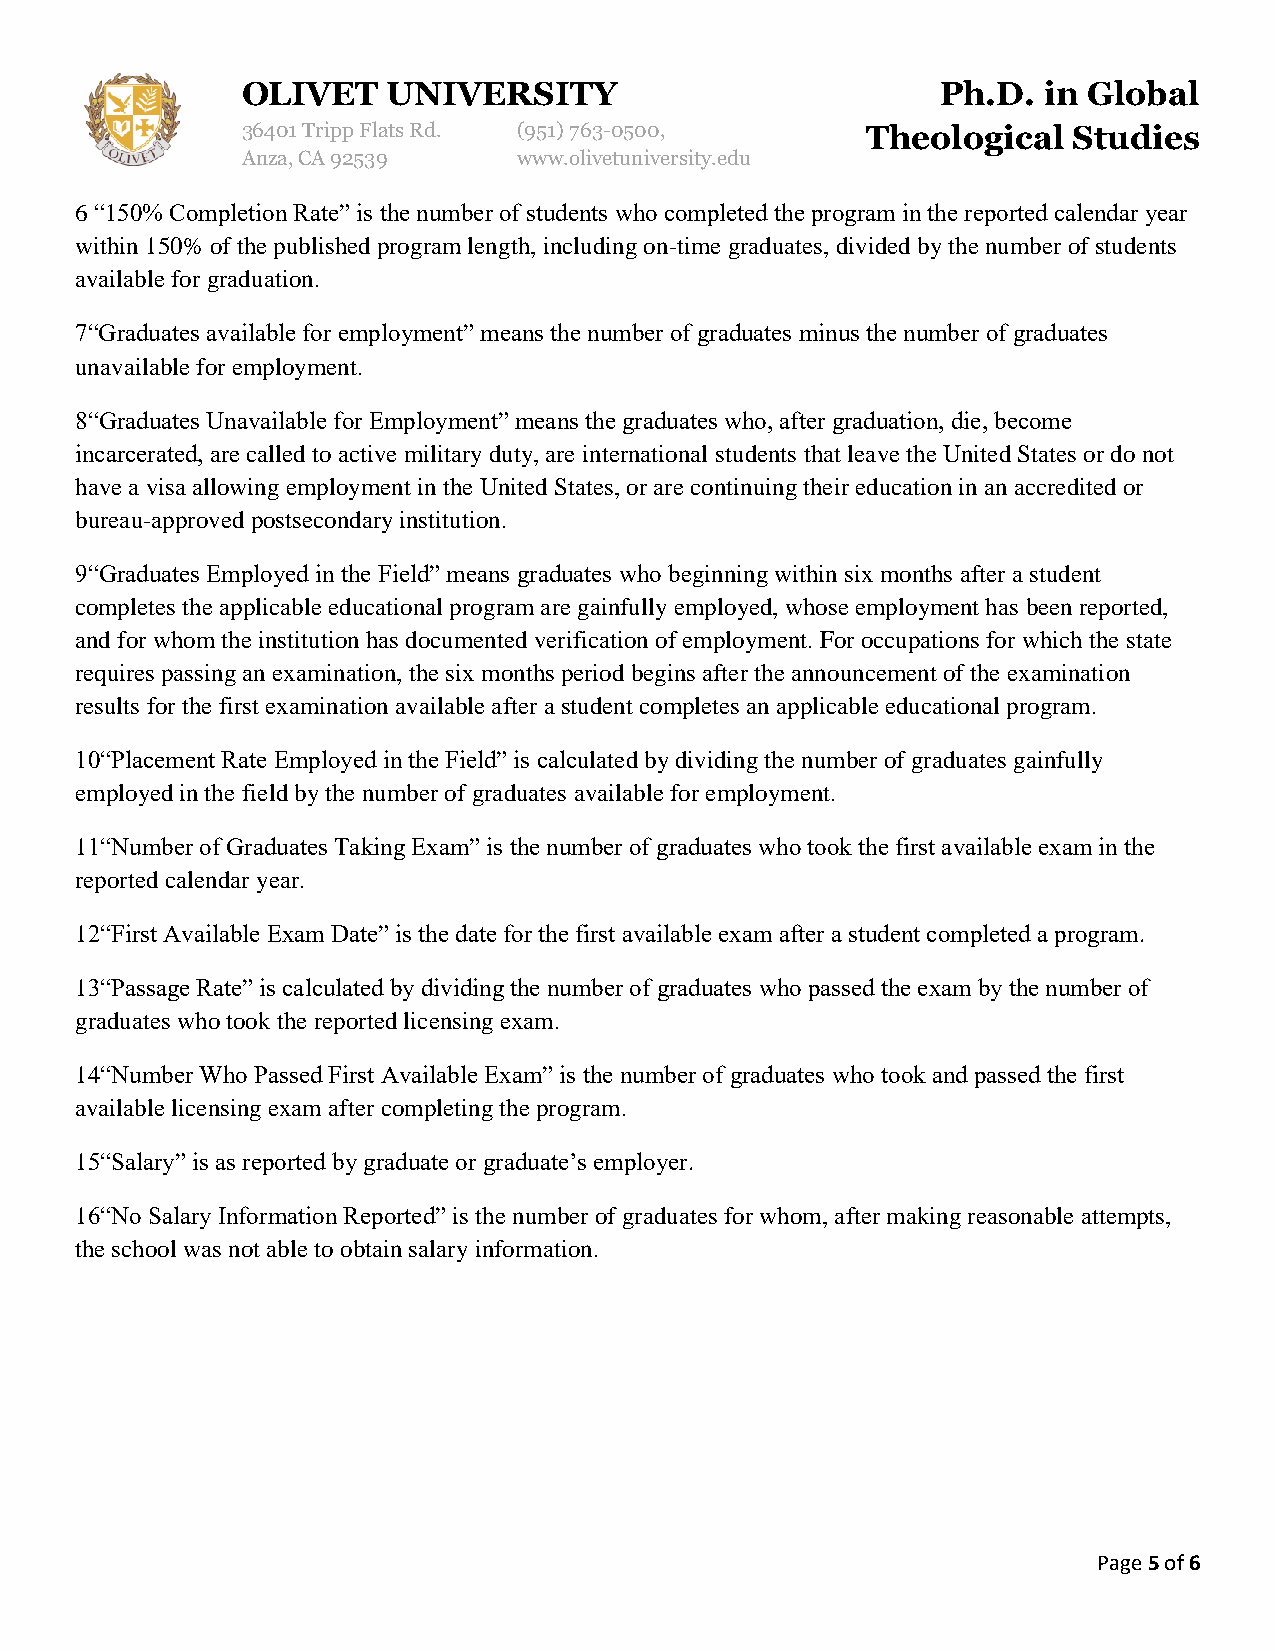
OLIVET    UNIVERSITY                          Ph.D.  in Global
 36401 Tripp Flats Rd. (951)763-0500,     Theological   Studies
 Anza, CA 92539    www.olivetuniversity.edu
 6 “150% Completion Rate” is the number of students who completed the program in the reported calendar year
 within 150% of the published program length, including on-time graduates, divided by the number of students
 available for graduation.
 7“Graduates available for employment” means the number of graduates minus the number of graduates
 unavailable for employment.
 8“Graduates Unavailable for Employment” means the graduates who, after graduation, die, become
 incarcerated, are called to active military duty, are international students that leave the United States or do not
 have a visa allowing employment in the United States, or are continuing their education in an accredited or
 bureau-approved postsecondary institution.
 9“Graduates Employed in the Field” means graduates who beginning within six months after a student
 completes the applicable educational program are gainfully employed, whose employment has been reported,
 and for whom the institution has documented verification of employment. For occupations for which the state
 requires passing an examination, the six months period begins after the announcement of the examination
 results for the first examination available after a student completes an applicable educational program.
 10“Placement Rate Employed in the Field” is calculated by dividing the number of graduates gainfully
 employed in the field by the number of graduates available for employment.
 11“Number of Graduates Taking Exam” is the number of graduates who took the first available exam in the
 reported calendar year.
 12“First Available Exam Date” is the date for the first available exam after a student completed a program.
 13“Passage Rate” is calculated by dividing the number of graduates who passed the exam by the number of
 graduates who took the reported licensing exam.
 14“Number Who Passed First Available Exam” is the number of graduates who took and passed the first
 available licensing exam after completing the program.
 15“Salary” is as reported by graduate or graduate’s employer.
 16“No Salary Information Reported” is the number of graduates for whom, after making reasonable attempts,
 the school was not able to obtain salary information.
 Page 5 of 6